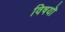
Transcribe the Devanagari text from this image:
विषयॊ